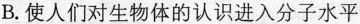
B.使人们对生物体的认识进入分子水平